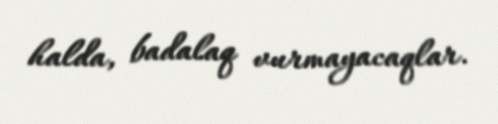
halda, badalaq vurmayacaqlar.